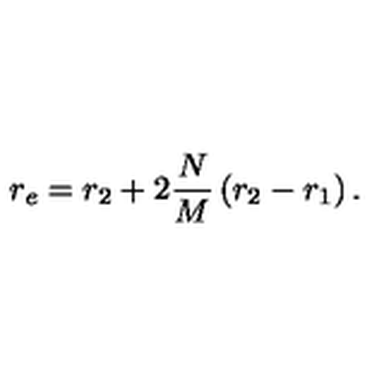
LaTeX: r _ { e } = r _ { 2 } + 2 \frac { N } { M } \left( r _ { 2 } - r _ { 1 } \right) .